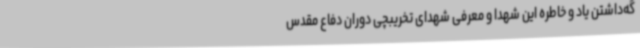
گه‌داشتن یاد و خاطره این شهدا و معرفی شهدای تخریبچی دوران دفاع مقدس